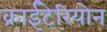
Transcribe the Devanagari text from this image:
क्राईटेरियोन